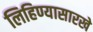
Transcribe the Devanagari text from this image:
लिहिण्यासारखे